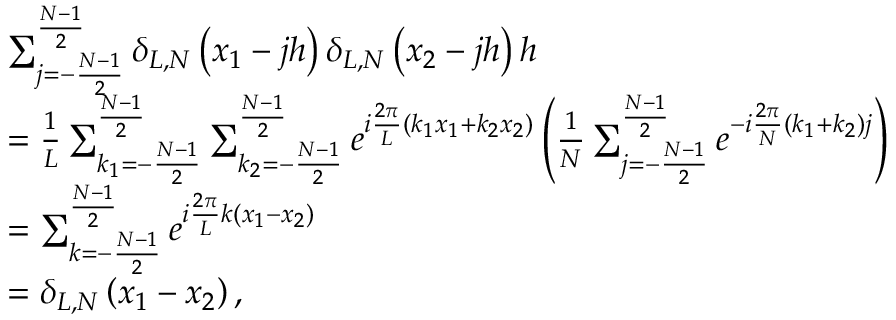
\begin{array} { r l } & { \sum _ { j = - \frac { N - 1 } { 2 } } ^ { \frac { N - 1 } { 2 } } \delta _ { L , N } \left( x _ { 1 } - j h \right) \delta _ { L , N } \left( x _ { 2 } - j h \right) h } \\ & { = \frac { 1 } { L } \sum _ { k _ { 1 } = - \frac { N - 1 } { 2 } } ^ { \frac { N - 1 } { 2 } } \sum _ { k _ { 2 } = - \frac { N - 1 } { 2 } } ^ { \frac { N - 1 } { 2 } } e ^ { i \frac { 2 \pi } { L } \left( k _ { 1 } x _ { 1 } + k _ { 2 } x _ { 2 } \right) } \left( \frac { 1 } { N } \sum _ { j = - \frac { N - 1 } { 2 } } ^ { \frac { N - 1 } { 2 } } e ^ { - i \frac { 2 \pi } { N } \left( k _ { 1 } + k _ { 2 } \right) j } \right) } \\ & { = \sum _ { k = - \frac { N - 1 } { 2 } } ^ { \frac { N - 1 } { 2 } } e ^ { i \frac { 2 \pi } { L } k \left( x _ { 1 } - x _ { 2 } \right) } } \\ & { = \delta _ { L , N } \left( x _ { 1 } - x _ { 2 } \right) , } \end{array}